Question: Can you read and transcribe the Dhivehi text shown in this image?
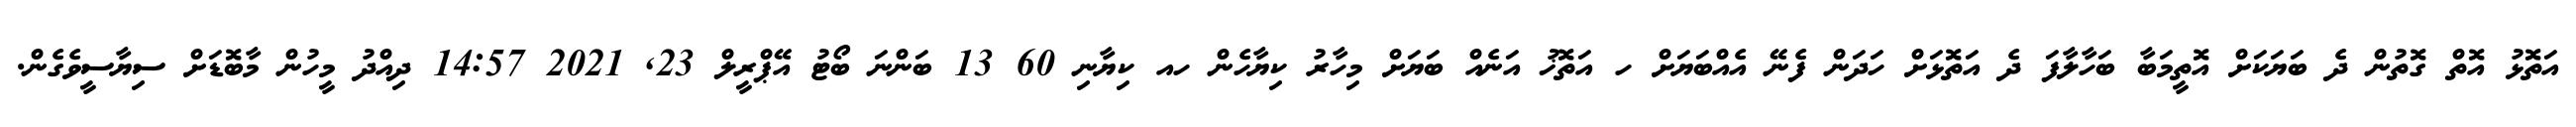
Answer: އަތޮޅު އޮތް ގޮތުން ދެ ބަޔަކަށް އޮތީމަބާ ބަހާލާފަ ދެ އަތޮޅަށް ހަދަން ފެނޭ އެއްބަޔަށް ހ އަތޮޚު އަނެއް ބަޔަށް މިހާރު ކިޔާހެން ހއ ކިޔާނި 60 13 ބަންނަ ބޯޓު އޭޕްރީލް 23, 2021 14:57 ދިއްދު މީހުން މާބޮޑަށް ސިޔާސީވެގެން.